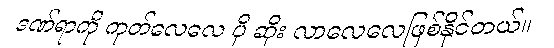
ဒဏ်ရာကို ကုတ်လေလေ ပို ဆိုး လာလေလေဖြစ်နိုင်တယ်။